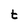
Character: t